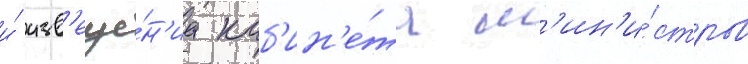
и́ изв'еще́н'иа каб'ин'е́та м'ин'и́стров